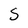
Character: S